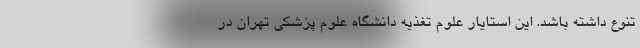
تنوع داشته باشد. این استایار علوم تغذیه دانشگاه علوم پزشکی تهران در